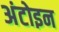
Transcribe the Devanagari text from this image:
अंटोइन